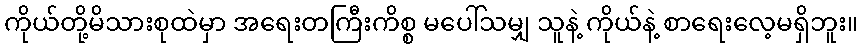
ကိုယ်တို့မိသားစုထဲမှာ အရေးတကြီးကိစ္စ မပေါ်သမျှ သူနဲ့ ကိုယ်နဲ့ စာရေးလေ့မရှိဘူး။